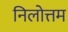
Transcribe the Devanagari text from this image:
निलोत्तम